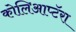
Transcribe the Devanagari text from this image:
कोलिआप्टॅरा